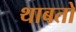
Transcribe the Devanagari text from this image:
थाबतो